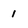
Character: 1